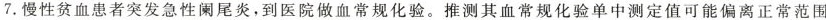
7.慢性贫血患者突发急性阑尾炎，到医院做血常规化验。推测其血常规化验单中测定值可能偏离正常范围